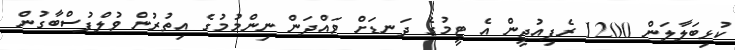
ކުޅިބަލާލަން 1200 ރެފިއުޖީން އެ ޓީމުގެ ދަނޑަށް ވައްދަން ނިންމުމުގެ އިތުރުން ވުލްފުސްބާގުން